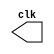
module clock (
    output reg clk
);
    parameter PERIOD = 10;

    initial begin
        clk = 1'b0;
    end

    always #(PERIOD / 2) begin
        clk = ~clk;
    end

endmodule